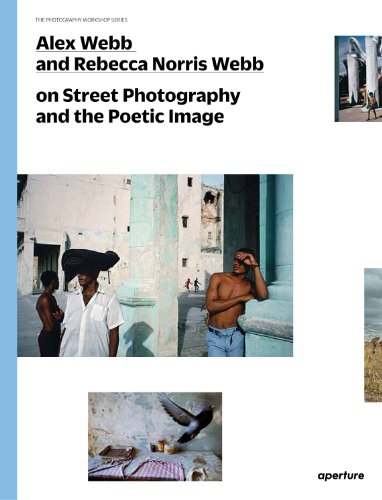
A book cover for Alex Webb and Rebecca Norris Webb on Street Photography and the Poetic Image: The Photography Workshop Series; Arts & Photography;